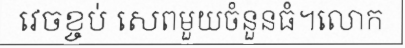
វេចខ្ចប់ សេពមួយចំនួនធំ។លោក